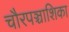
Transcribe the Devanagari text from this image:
चौरपञ्चाशिका